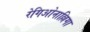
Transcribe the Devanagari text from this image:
रेगिओनाल्लिगा